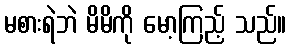
မစားရဲဘဲ မိမိကို မော့ကြည့် သည်။